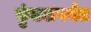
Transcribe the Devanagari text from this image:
कुंडलपर्यंत